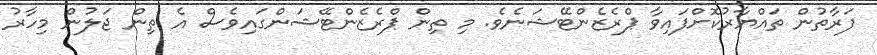
ފަރާތުން ތައްޔާރުކޮށްފައިވާ ޕްރެޒެންޓޭޝަނެވެ. މި ތިން ޕްރެޒެންޓޭޝަންގައިވެސް އެ ތިން ޖަލުން މިހާރު